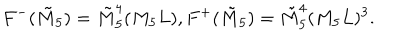
LaTeX: F ^ { - } ( \tilde { M } _ { 5 } ) = \tilde { M } _ { 5 } ^ { 4 } ( M _ { 5 } L ) , F ^ { + } ( \tilde { M } _ { 5 } ) = \tilde { M } _ { 5 } ^ { 4 } ( M _ { 5 } L ) ^ { 3 } .